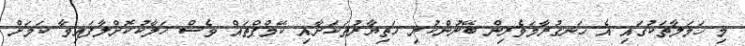
މި ހަމަލާތަކުގައި އެ ހަނގުރާމަވެރިން ބޭނުންކުރި ހަތިޔާރުތަކަށާއި ކޭމްޕްތައް ވެސް ހަލާކުކޮށްލާފައިވާ ކަމަށް